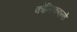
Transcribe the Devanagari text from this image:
कोन्स्किएन्से